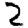
Digit: 2